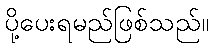
ပို့ပေးရမည်ဖြစ်သည်။